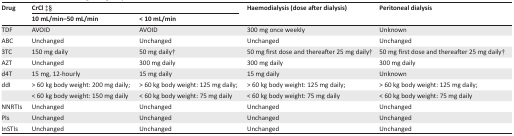
<table><thead><tr><td rowspan="2"><b>Drug</b></td><td colspan="2"><b>CrCl ‡§</b></td><td rowspan="2"><b>Haemodialysis (dose after dialysis)</b></td><td rowspan="2"><b>Peritoneal dialysis</b></td></tr><tr><td><b>10 mL/min–50 mL/min</b></td><td><b>&lt; 10 mL/min</b></td></tr></thead><tbody><tr><td>TDF</td><td>AVOID</td><td>AVOID</td><td>300 mg once weekly</td><td>Unknown</td></tr><tr><td>ABC</td><td>Unchanged</td><td>Unchanged</td><td>Unchanged</td><td>Unchanged</td></tr><tr><td>3TC</td><td>150 mg daily</td><td>50 mg daily†</td><td>50 mg first dose and thereafter 25 mg daily†</td><td>50 mg first dose and thereafter 25 mg daily†</td></tr><tr><td>AZT</td><td>Unchanged</td><td>300 mg daily</td><td>300 mg daily</td><td>300 mg daily</td></tr><tr><td>d4T</td><td>15 mg, 12-hourly</td><td>15 mg daily</td><td>15 mg daily</td><td>Unknown</td></tr><tr><td>ddI</td><td>&gt; 60 kg body weight: 200 mg daily;</td><td>&gt; 60 kg body weight: 125 mg daily;</td><td>&gt; 60 kg body weight: 125 mg daily;</td><td>&gt; 60 kg body weight: 125 mg daily;</td></tr><tr><td></td><td>&lt; 60 kg body weight: 150 mg daily</td><td>&lt; 60 kg body weight: 75 mg daily</td><td>&lt; 60 kg body weight: 75 mg daily</td><td>&lt; 60 kg body weight: 75 mg daily</td></tr><tr><td>NNRTIs</td><td>Unchanged</td><td>Unchanged</td><td>Unchanged</td><td>Unchanged</td></tr><tr><td>PIs</td><td>Unchanged</td><td>Unchanged</td><td>Unchanged</td><td>Unchanged</td></tr><tr><td>InSTIs</td><td>Unchanged</td><td>Unchanged</td><td>Unchanged</td><td>Unchanged</td></tr></tbody></table>